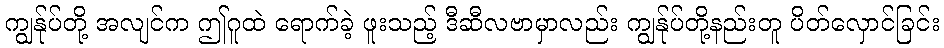
ကျွန်ုပ်တို့ အလျင်က ဤဂူထဲ ရောက်ခဲ့ ဖူးသည့် ဒီဆီလဗာမှာလည်း ကျွန်ုပ်တို့နည်းတူ ပိတ်လှောင်ခြင်း